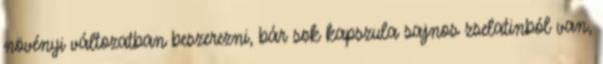
növényi változatban beszerezni, bár sok kapszula sajnos zselatinból van,